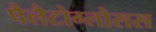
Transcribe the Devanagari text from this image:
पैलैटोग्लोसस